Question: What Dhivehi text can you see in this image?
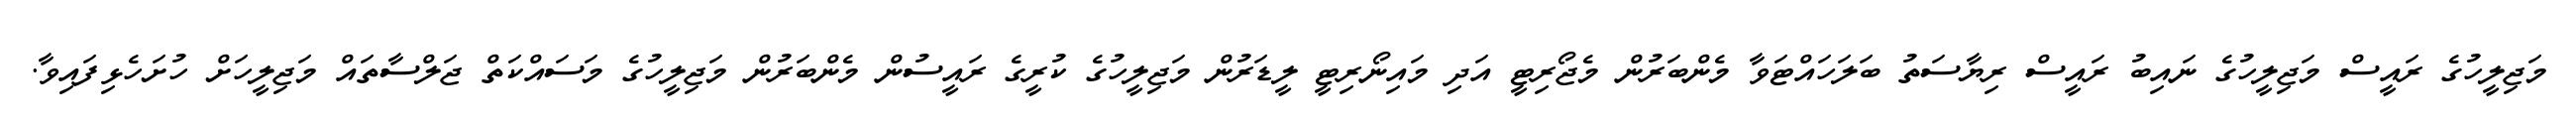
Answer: މަޖިލީހުގެ ރައީސް މަޖިލީހުގެ ނައިބު ރައީސް ރިޔާސަތު ބަލަހައްޓަވާ މެންބަރުން މެޖޯރިޓީ އަދި މައިނޯރިޓީ ލީޑަރުން މަޖިލީހުގެ ކުރީގެ ރައީސުން މެންބަރުން މަޖިލީހުގެ މަސައްކަތް ޖަލްސާތައް މަޖިލީހަށް ހުށަހެޅިފައިވާ.